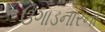
ઉગાડનારનો